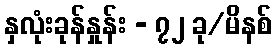
နှလုံးခုန်နှုန်း - ၇၂ ခု/မိနစ်